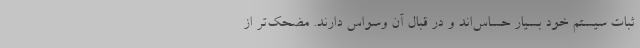
ثبات سیستم خود بسیار حساس‌اند و در قبال آن وسواس دارند. مضحک‌تر از